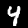
Label: 4